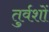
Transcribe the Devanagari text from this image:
तुर्वशों